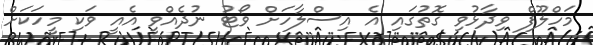
މަހްލޫފް ވިދާޅުވި ގޮތުގައި އެ އިސްލާހަށް ވޯޓު ނުދެއްވީ އެއީ ވަކި މީހަކަށް